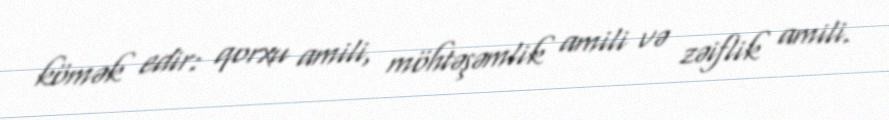
kömək edir: qorxu amili, möhtəşəmlik amili və zəiflik amili.